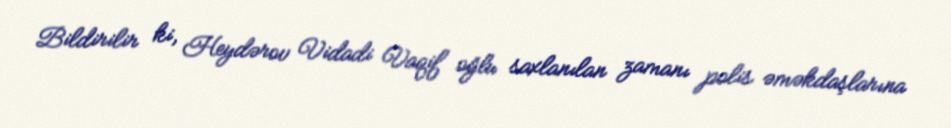
Bildirilir ki, Heydərov Vidadi Vaqif oğlu saxlanılan zamanı polis əməkdaşlarına